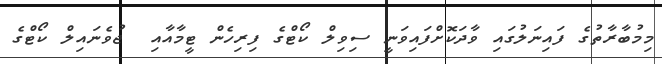
މިމުބާރާތުގެ ފައިނަލުގައި ވާދަކޮށްފައިވަނީ ސިވިލް ކޯޓްގެ ފިރިހެން ޓީމާއާއި  ޖުވެނައިލް ކޯޓްގެ